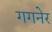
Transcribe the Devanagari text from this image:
गगनेर